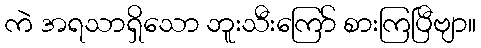
ကဲ အရသာရှိသော ဘူးသီးကြော် စားကြပြီဗျာ။